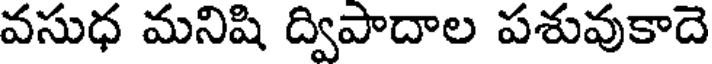
వసుధ మనిషి ద్విపాదాల పశువుకాదె